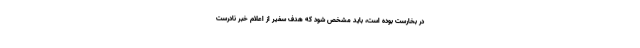
در بخارست بوده است، باید مشخص شود که هدف سفیر از اعلام خبر نادرست